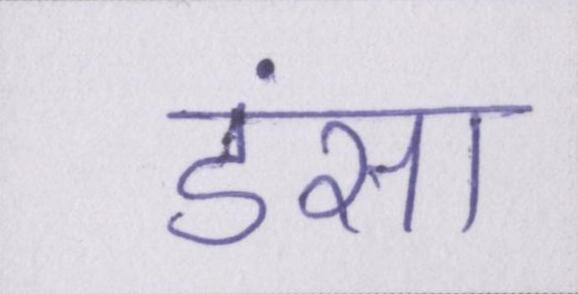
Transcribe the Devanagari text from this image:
डंसा